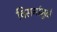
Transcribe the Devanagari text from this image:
विसर्गामुळे